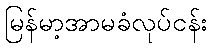
မြန်မာ့အာမခံလုပ်ငန်း